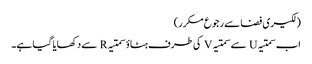
(لکیری فضا سے رجوع مکرر)
اب سمتیہ U سے سمتیہ V کی طرف ہٹاؤ سمتیہ R سے دکھایا گیا ہے۔